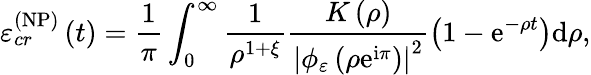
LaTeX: \varepsilon_{cr}^{\left(\mathrm{NP}\right)}\left(t\right)=\frac{1}{\pi}\int_{0}^{\infty}\frac{1}{\rho^{1+\xi}}\frac{K\left(\rho\right)}{\left\vert\phi_{\varepsilon}\left(\rho\mathrm{e}^{\mathrm{i}\pi}\right)\right\vert^{2}}\left(1-\mathrm{e}^{-\rho t}\right)\mathrm{d}\rho,